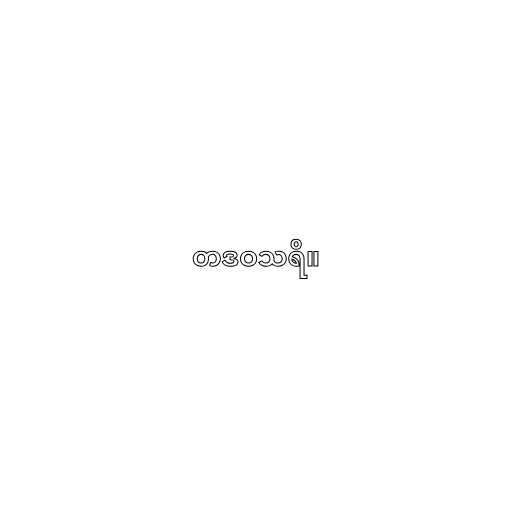
တဒဝသရိ။